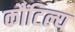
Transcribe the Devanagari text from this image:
कौंटिल्य